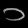
Digit: ၁